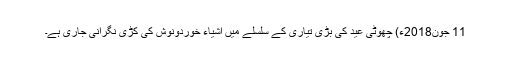
11 جون2018ء) چھوٹی عید کی بڑی تیاری کے سلسلے میں اشیاء خوردونوش کی کڑی نگرانی جاری ہے۔